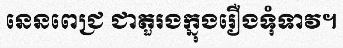
នេនពេជ្រ ជាតួរងក្នុងរឿងទុំទាវ។